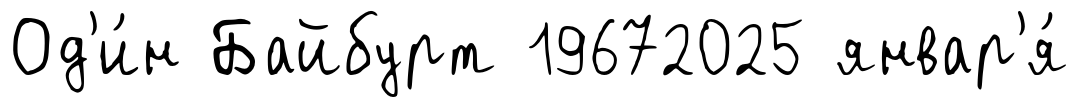
Од'и́н Байбурт 19672025 январ'я́